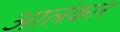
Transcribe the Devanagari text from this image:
आलंकार